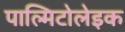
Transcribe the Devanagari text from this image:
पाल्मिटोलेइक